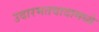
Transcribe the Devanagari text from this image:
उदारमतवादामध्ये